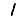
Digit: 1